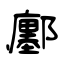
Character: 鄽